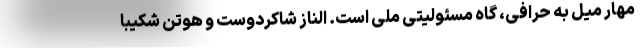
مهار میل به حرّافی، گاه مسئولیتی ملی است. الناز شاکردوست و هوتن شکیبا